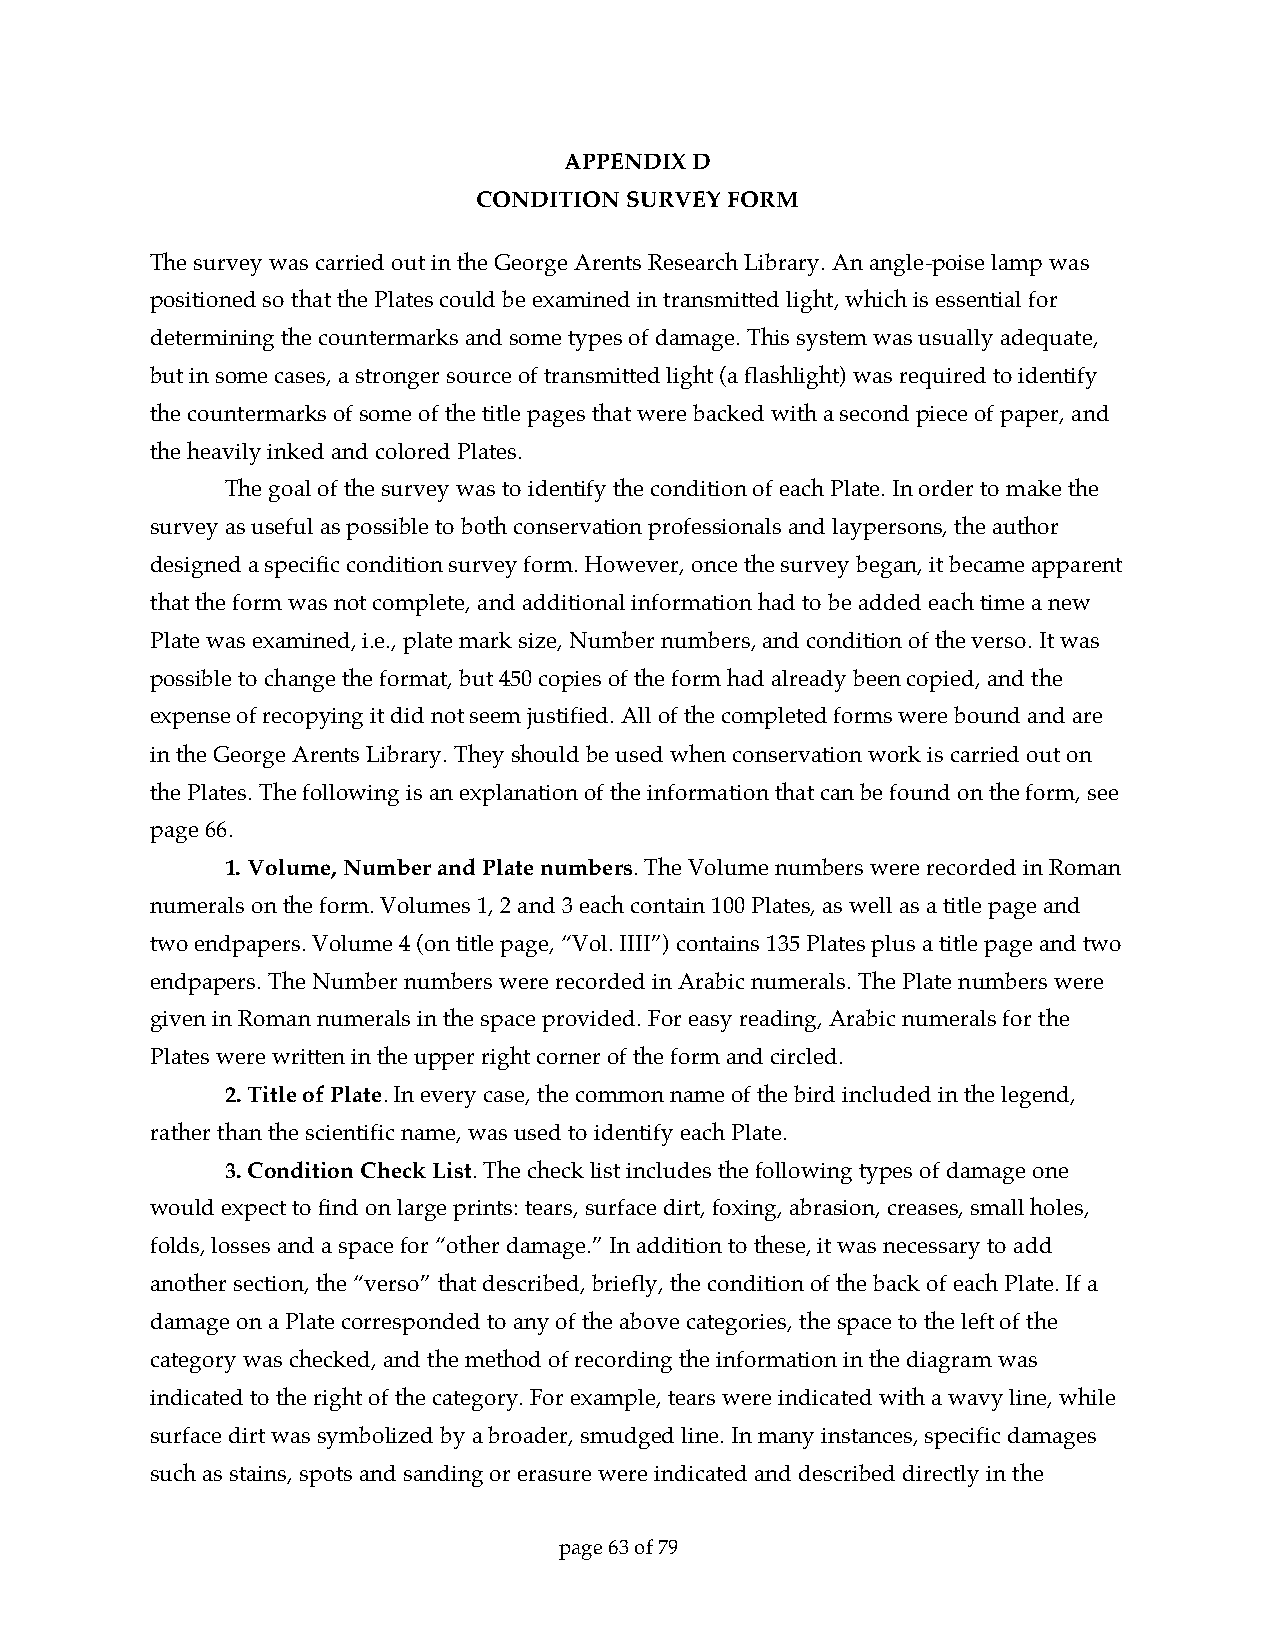
APPENDIX D
 CONDITION SURVEY FORM
 The survey was carried out in the George Arents Research Library. An angle-poise lamp was
 positioned so that the Plates could be examined in transmitted light, which is essential for
 determining the countermarks and some types of damage. This system was usually adequate,
 but in some cases, a stronger source of transmitted light (a flashlight) was required to identify
 the countermarks of some of the title pages that were backed with a second piece of paper, and
 the heavily inked and colored Plates.
 The goal of the survey was to identify the condition of each Plate. In order to make the
 survey as useful as possible to both conservation professionals and laypersons, the author
 designed a specific condition survey form. However, once the survey began, it became apparent
 that the form was not complete, and additional information had to be added each time a new
 Plate was examined, i.e., plate mark size, Number numbers, and condition of the verso. It was
 possible to change the format, but 450 copies of the form had already been copied, and the
 expense of recopying it did not seem justified. All of the completed forms were bound and are
 in the George Arents Library. They should be used when conservation work is carried out on
 the Plates. The following is an explanation of the information that can be found on the form, see
 page 66.
 1. Volume, Number and Plate numbers. The Volume numbers were recorded in Roman
 numerals on the form. Volumes 1, 2 and 3 each contain 100 Plates, as well as a title page and
 two endpapers. Volume 4 (on title page, “Vol. IIII”) contains 135 Plates plus a title page and two
 endpapers. The Number numbers were recorded in Arabic numerals. The Plate numbers were
 given in Roman numerals in the space provided. For easy reading, Arabic numerals for the
 Plates were written in the upper right corner of the form and circled.
 2. Title of Plate. In every case, the common name of the bird included in the legend,
 rather than the scientific name, was used to identify each Plate.
 3. Condition Check List. The check list includes the following types of damage one
 would expect to find on large prints: tears, surface dirt, foxing, abrasion, creases, small holes,
 folds, losses and a space for “other damage.” In addition to these, it was necessary to add
 another section, the “verso” that described, briefly, the condition of the back of each Plate. If a
 damage on a Plate corresponded to any of the above categories, the space to the left of the
 category was checked, and the method of recording the information in the diagram was
 indicated to the right of the category. For example, tears were indicated with a wavy line, while
 surface dirt was symbolized by a broader, smudged line. In many instances, specific damages
 such as stains, spots and sanding or erasure were indicated and described directly in the
 page 63 of 79